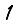
Digit: 1